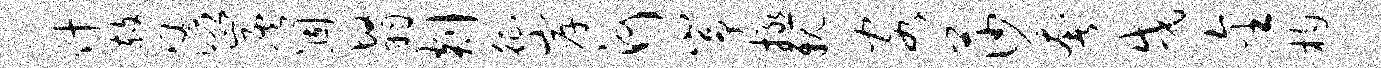
什赦涌炭涸翳剡征岸河峥拯亲客莎奢戌金杓